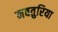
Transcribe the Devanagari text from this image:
नवतुरिया